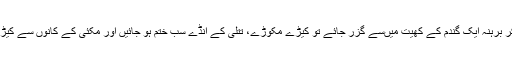
اگر ایک حیض زدہ خاتون اپنے کپڑے اتار کر برہنہ ایک گندم کے کھیت میں‌سے گزر جائے تو کیڑے مکوڑے، تتلی کے انڈے سب ختم ہو جائیں‌ اور مکئی کے کانوں‌ سے کیڑے گر پڑیں اور سارے پودے زرد پڑ جائیں‌۔